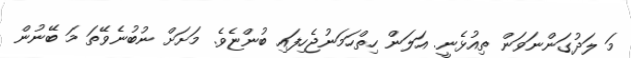
މަ ލަދުގަންނަވަން ތިއުޅެނީ. އަލަން ހިތްހަމަނުޖެހިފައި ބުންޏެވެ. މަށަށް ނުބުނެވޭތަ މަ ބޭނުން